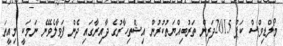
މޯލްޑިވްސް ކަޕް 2015ދަރިން ތަރުބިއްޔަތުކުރުން އިޝްތިހާރުގެ ދާއިރާގައި ދެން ފަވާލެވޭނެ ނަމަކީ މިއީތަ